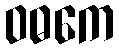
ဝဓကေ